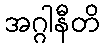
အဂ္ဂါနီတိ